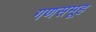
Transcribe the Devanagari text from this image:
गणसमूह